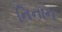
નિનાન